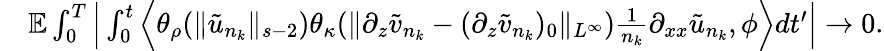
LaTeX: \begin{array}{rl}&{\mathbb E\int_{0}^{T}\Big|\int_{0}^{t}\Big\langle\theta_{\rho}(\| \tilde{u}_{n_{k}}\| _{s-2})\theta_{\kappa}(\| \partial_{z}\tilde{v}_{n_{k}}-(\partial_{z}\tilde{v}_{n_{k}})_{0}\| _{L^{\infty}})\frac 1{n_{k}}\partial_{xx}\tilde{u}_{n_{k}},\phi\Big\rangle dt^{\prime}\Big|\rightarrow 0.}\end{array}